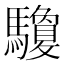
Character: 𩧊